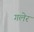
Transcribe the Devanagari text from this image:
गलेर